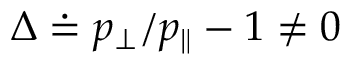
\Delta \doteq p _ { \perp } / p _ { \parallel } - 1 \ne 0